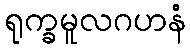
ရုက္ခမူလဂဟနံ